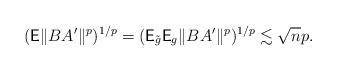
LaTeX: \begin{align*} (\textsf{E}\Vert BA^{\prime}\Vert^{p})^{1/p}=(\textsf{E}_{\tilde{g}}\textsf{E}_{g}\Vert BA^{\prime}\Vert^{p})^{1/p}\lesssim \sqrt{n}p. \end{align*}